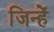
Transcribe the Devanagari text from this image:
जिन्हेें